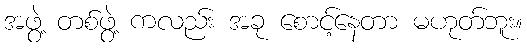
အဖွဲ့ တစ်ဖွဲ့ ကလည်း အခု စောင့်နေတာ မဟုတ်ဘူး။